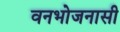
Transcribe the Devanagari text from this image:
वनभोजनासी